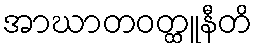
အာဃာတဝတ္ထူနီတိ